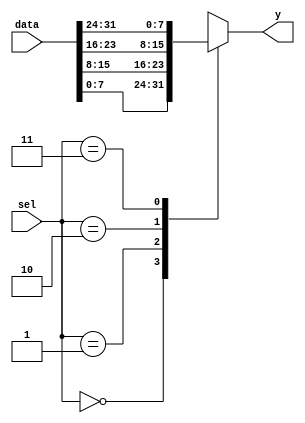
module bn_mux_n_1_generate
#( parameter  DATA_WIDTH = 8,
   parameter  SEL_WIDTH   = 2) 
(
    input   [((2**SEL_WIDTH)*DATA_WIDTH)-1:0] data,
    input   [SEL_WIDTH-1:0]                   sel,   
    output  [DATA_WIDTH-1:0]                  y
);
wire    [DATA_WIDTH-1:0] tmp_array [0:(2**SEL_WIDTH)-1];
genvar i;
generate
    for(i=0; i<2**SEL_WIDTH; i=i+1) 
    begin: gen_array
        assign  tmp_array[i] = data[((i+1)*DATA_WIDTH)-1:(i*DATA_WIDTH)];
    end
endgenerate
    assign  y =  tmp_array[sel];
endmodule